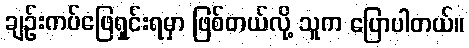
ချဉ်းကပ်ဖြေရှင်းရမှာ ဖြစ်တယ်လို့ သူက ပြောပါတယ်။